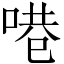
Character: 𪡝